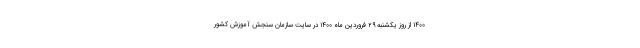
۱۴۰۰ از روز یکشنبه ۲۹ فروردین ماه ۱۴۰۰ در سایت سازمان سنجش آموزش کشور